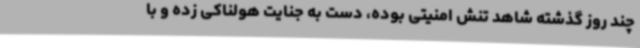
چند روز گذشته شاهد تنش امنیتی بوده، دست به جنایت هولناکی زده و با